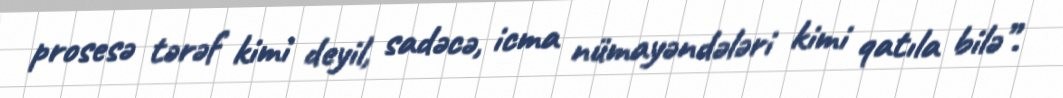
prosesə tərəf kimi deyil, sadəcə, icma nümayəndələri kimi qatıla bilə”.